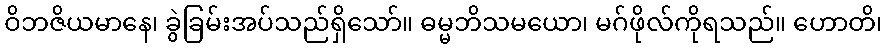
ဝိဘဇိယမာနေ၊ ခွဲခြမ်းအပ်သည်ရှိသော်။ ဓမ္မဘိသမယော၊ မဂ်ဖိုလ်ကိုရသည်။ ဟောတိ၊